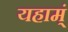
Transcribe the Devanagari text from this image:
यहाम्ं